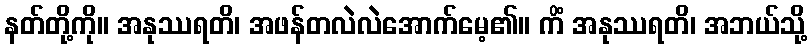
နတ်တို့ကို။ အနုဿရတိ၊ အဖန်တလဲလဲအောက်မေ့၏။ ကိံ အနုဿရတိ၊ အဘယ်သို့